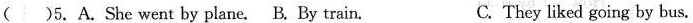
( )5.A.She went by plane. B. By train. C. They liked going by bus.